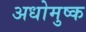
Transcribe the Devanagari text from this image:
अधोमुष्क